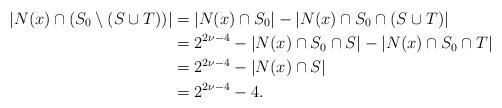
LaTeX: \begin{align*}|N(x) \cap (S_0 \setminus (S \cup T))| &= |N(x) \cap S_0| - |N(x) \cap S_0 \cap (S \cup T)| \\&= 2^{2\nu-4} - |N(x) \cap S_0 \cap S| - |N(x) \cap S_0 \cap T| \\&= 2^{2\nu-4} - |N(x) \cap S| \\&= 2^{2\nu-4} - 4.\end{align*}